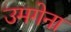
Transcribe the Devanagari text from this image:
उमगेना